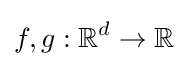
f,g:\mathbb {R} ^{d}\to \mathbb {R}